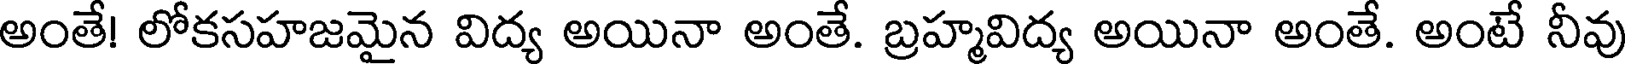
అంతే! లోకసహజమైన విద్య అయినా అంతే. బ్రహ్మవిద్య అయినా అంతే. అంటే నీవు